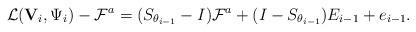
LaTeX: \begin{align*}\mathcal{L}({\mathbf V}_i,\Psi_i)-\mathcal{F}^a=(S_{\theta_{i-1}}-I)\mathcal{F}^a+(I-S_{\theta_{i-1}})E_{i-1}+e_{i-1}.\end{align*}